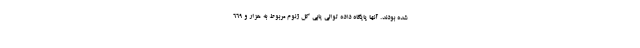
شده بودند. آنها پایگاه داده توالی‌ یابی کل ژنوم مربوط به هزار و ۶۶۹